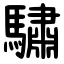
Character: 驌